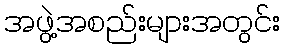
အဖွဲ့အစည်းများအတွင်း